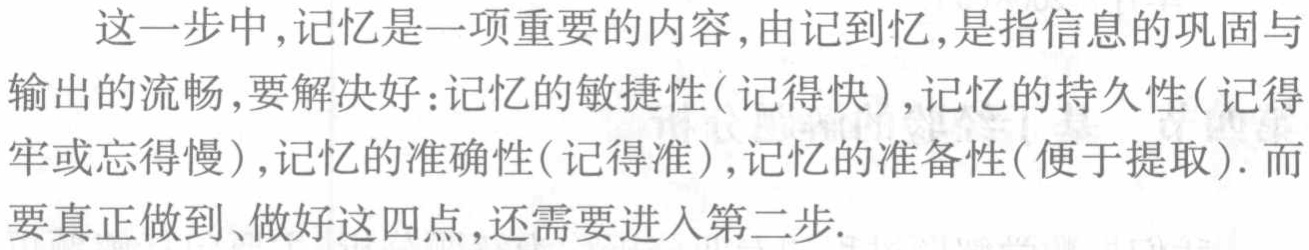
这一步中,记忆是一项重要的内容,由记到忆,是指信息的巩固与输出的流畅,要解决好:记忆的敏捷性(记得快),记忆的持久性(记得牢或忘得慢),记忆的准确性(记得准),记忆的准备性(便于提取). 而要真正做到、做好这四点,还需要进入第二步.